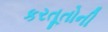
કરતૂતોની